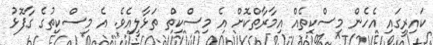
ކައިރީގައި އެހެން މިސްކިތެއް އިމާރާތްކޮށް އެ މިސްކިތް ތަޅާލީއެވެ. އެ މިސްކިތުގެ ގާފޮޅު